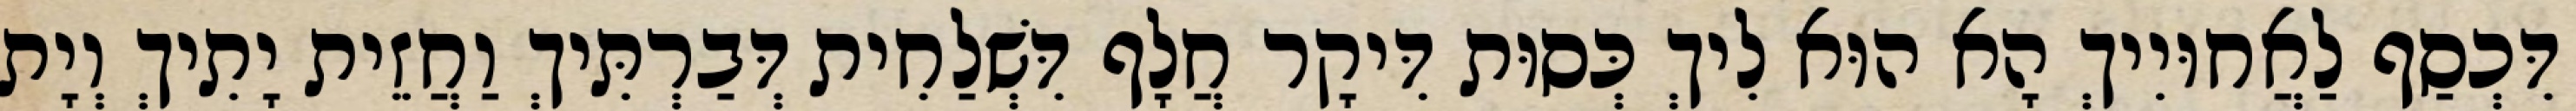
דִּכְסַף לַאֲחוּיִיךְ הָא הוּא לִיךְ כְּסוּת דִּיקָר חֲלָף דִּשְׁלַחִית דְּבַרְתִּיךְ וַחֲזֵית יָתִיךְ וְיָת